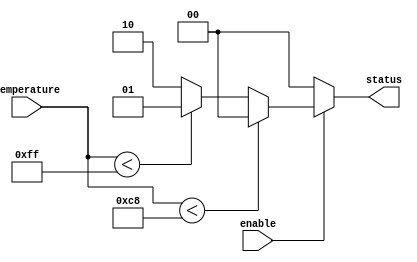
module thermal_encoder (
    input [7:0] temperature, // 8-bit analog temperature input from ADC
    output reg [1:0] status,  // 2-bit output for thermal status
    input enable              // Enable signal for the encoder
);

// Define thermal status encoding
localparam NORMAL   = 2'b00; // Normal status
localparam WARNING  = 2'b01; // Warning status
localparam CRITICAL = 2'b10; // Critical status

// Define temperature thresholds
localparam WARNING_THRESHOLD = 200; // Example threshold for warning
localparam CRITICAL_THRESHOLD = 255; // Example threshold for critical

always @(*) begin
    if (!enable) begin
        status = NORMAL; // Default to normal if not enabled
    end else begin
        if (temperature < WARNING_THRESHOLD) begin
            status = NORMAL; // Normal status
        end else if (temperature < CRITICAL_THRESHOLD) begin
            status = WARNING; // Warning status
        end else begin
            status = CRITICAL; // Critical status
        end
    end
end

endmodule